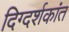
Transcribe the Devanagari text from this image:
दिग्दर्शकांत